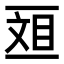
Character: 𫡴